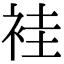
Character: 袿